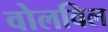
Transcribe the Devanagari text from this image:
वोलविल